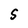
Character: 5